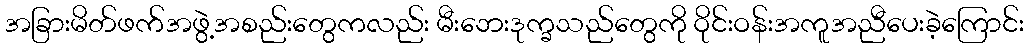
အခြားမိတ်ဖက်အဖွဲ့အစည်းတွေကလည်း မီးဘေးဒုက္ခသည်တွေကို ဝိုင်းဝန်းအကူအညီပေးခဲ့ကြောင်း